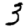
Digit: 3